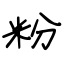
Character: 粉